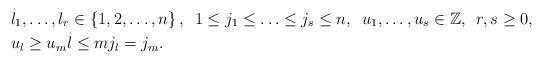
LaTeX: \begin{align*}&l_1,\ldots,l_r\in\left\{1,2,\ldots,n\right\},\,\,\, 1\leq j_1\leq\ldots\leq j_s\leq n,\,\,\, u_{1},\ldots,u_s\in\mathbb{Z},\,\,\, r,s\geq 0,\\& u_{l}\geq u_{m}l\leq m j_l =j_m.\end{align*}